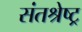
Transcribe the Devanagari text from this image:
संतश्रेष्ट्र